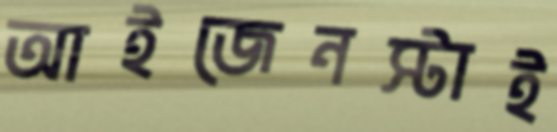
আইজেনস্টাই